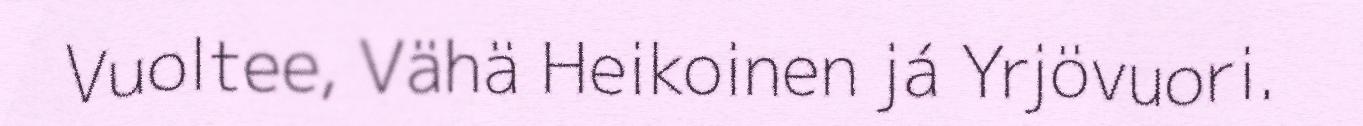
Vuoltee, Vähä Heikoinen já Yrjövuori.